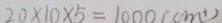
2 0 \times 1 0 \times 5 = 1 0 0 0 ( c m ^ { 3 } )